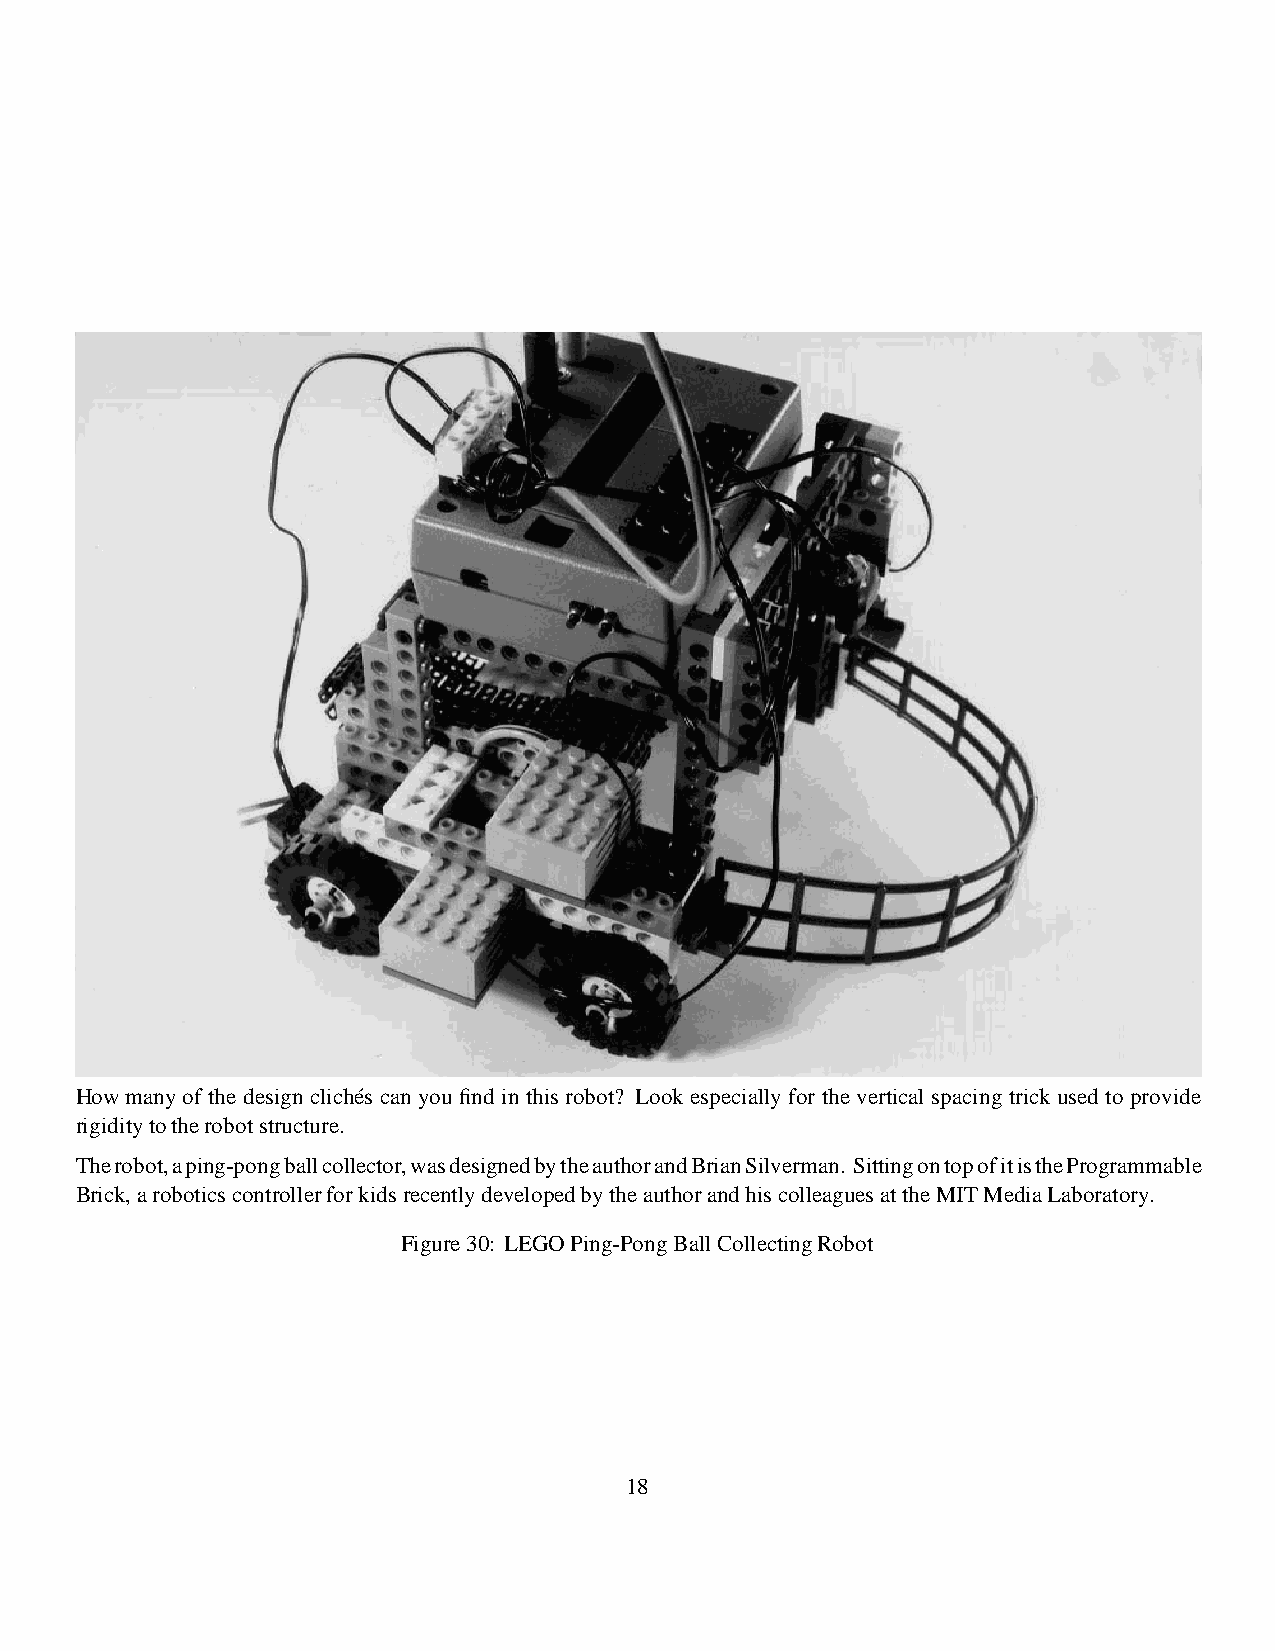
Howmanyof the designcliche´s can you find in thisrobot? Look especially for the vertical spacing trick used to provide
 rigiditytotherobotstructure.
 Therobot,aping-pongballcollector,wasdesignedbytheauthorandBrianSilverman. SittingontopofitistheProgrammable
 Brick,aroboticscontrollerforkidsrecentlydevelopedbytheauthorandhiscolleaguesattheMITMediaLaboratory.
 Figure30: LEGOPing-PongBallCollectingRobot
 18